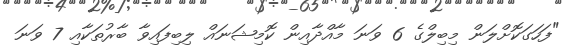
"ފަހަގަކޮށްލަން މިބިލްގެ 6 ވަނަ މާއްދާއިން ކޮމިޝަނައް ލިބިފައިވާ ބާރުތަކާއި 7 ވަނަ